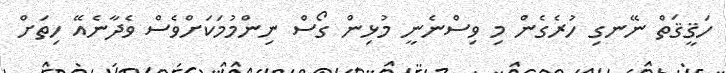
ހަޤީޤަތް ނޭނގި ހުރެގެން މި ވިސްނެނީ މުޅިން ގޯސް ނިންމުމަކަށްވެސް ވެދާނެއޭ ހިތަށް